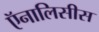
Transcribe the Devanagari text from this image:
ऍनालिसीस